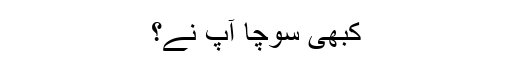
کبھی سوچا آپ نے؟